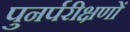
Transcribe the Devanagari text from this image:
पुनर्परीक्षणों